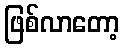
ဖြစ်လာတော့